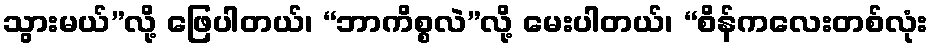
သွားမယ်”လို့ ဖြေပါတယ်၊ “ဘာကိစ္စလဲ”လို့ မေးပါတယ်၊ “စိန်ကလေးတစ်လုံး